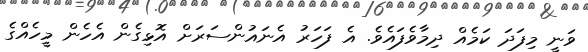
ވަނީ މިފަދަ ކަމެއް ދިމާވެފައެވެ. އެ ފަހަރު އެނައުންސަރަށް އޮޅިގެން އެހެން މީހެއްގެ